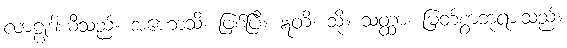
လာဠုဒါယီသည်။ အဟောသိ၊ ဖြစ်ပြီ။ ဣတိ၊ သို့။ သတ္ထာ၊ မြတ်စွာဘုရားသည်။